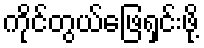
ကိုင်တွယ်ဖြေရှင်းဖို့